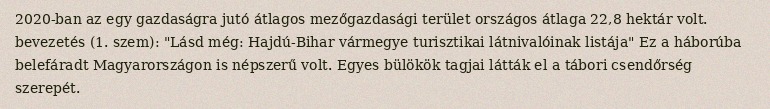
2020-ban az egy gazdaságra jutó átlagos mezőgazdasági terület országos átlaga 22,8 hektár volt. bevezetés (1. szem): "Lásd még: Hajdú-Bihar vármegye turisztikai látnivalóinak listája" Ez a háborúba belefáradt Magyarországon is népszerű volt. Egyes bülökök tagjai látták el a tábori csendőrség szerepét.